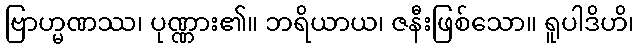
ဗြာဟ္မဏဿ၊ ပုဏ္ဏား၏။ ဘရိယာယ၊ ဇနီးဖြစ်သော။ ရူပါဒိဟိ၊